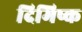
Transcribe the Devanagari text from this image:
दिमिष्क